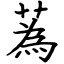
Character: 蒍